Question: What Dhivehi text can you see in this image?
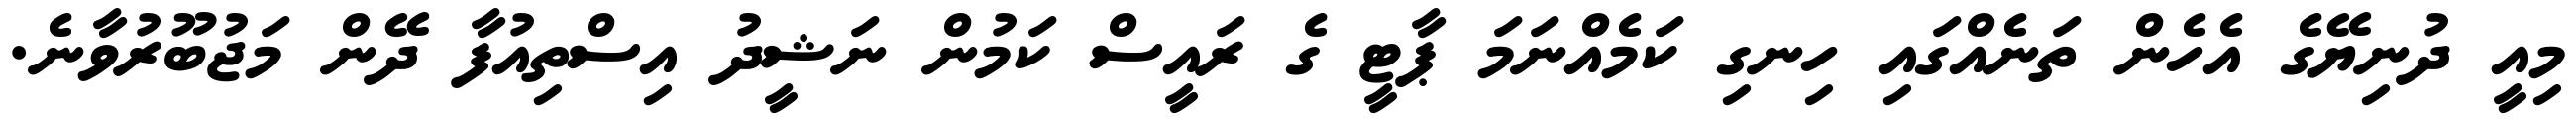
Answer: މިއީ ދުނިޔޭގެ އެހެން ތަނެއްގައި ހިނގި ކަމެއްނަމަ ޕާޓީ ގެ ރައީސް ކަމުން ނަޝީދު އިސްތިއުފާ ދޭން މަޖުބޫރުވާނެ.